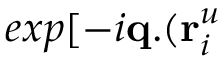
e x p [ - i { \bf { q . } } ( { \bf { r } } _ { i } ^ { u }